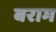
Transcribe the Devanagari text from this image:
बराम